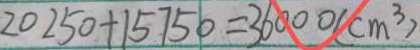
2 0 2 5 0 + 1 5 7 5 0 = 3 6 0 0 0 ( c m ^ { 3 } )